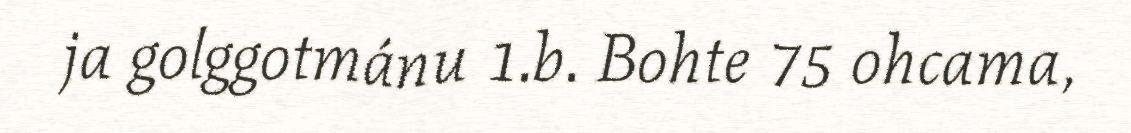
ja golggotmánu 1.b. Bohte 75 ohcama,